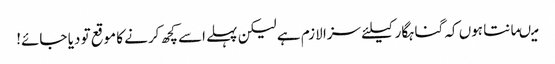
میںمانتا ہوں کہ گناہگار کیلئے سزا لازم ہے لیکن پہلے اسے کچھ کرنے کا موقع تو دیا جائے!